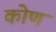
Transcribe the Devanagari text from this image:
कोणं